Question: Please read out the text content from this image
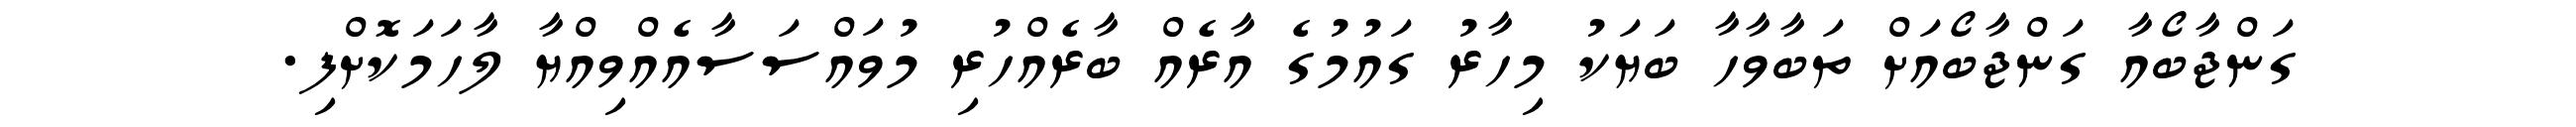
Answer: ގަންޖާބޯއާ ގަންޖާބޯއަށް ތަބާވާހާ ބަޔަކު މިހާރު ގައުމުގެ އާރެއް ބާރެއްހުރި މުވައްސަސާއެއްވިއްޔާ ލާހަމަކޮށްފި.